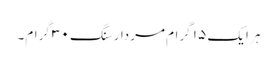
ہر ایک ۱۵ گرام مردار سنگ ۳۰ گرام۔